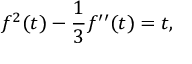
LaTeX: f ^ { 2 } ( t ) - { \frac { 1 } { 3 } } f ^ { \prime \prime } ( t ) = t ,